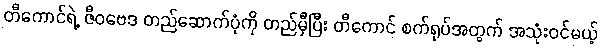
တီကောင်ရဲ့ ဇီဝဗေဒ တည်ဆောက်ပုံကို တည်မှီပြီး တီကောင် စက်ရုပ်အတွက် အသုံးဝင်မယ့်